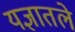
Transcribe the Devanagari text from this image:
यज्ञातले